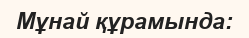
Мұнай құрамында: